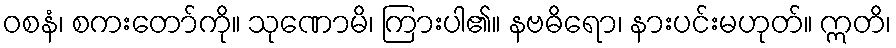
ဝစနံ၊ စကးတော်ကို။ သုဏောမိ၊ ကြားပါ၏။ နဗဓိရော၊ နားပင်းမဟုတ်။ ဣတိ၊